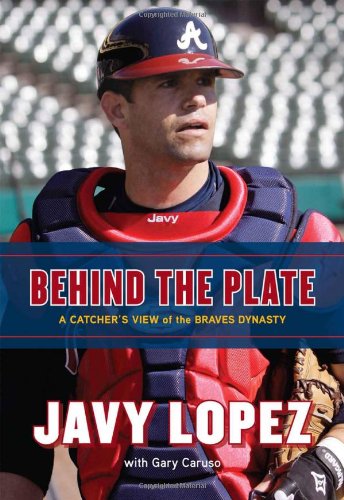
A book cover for Behind the Plate: A Catcher's View of the Braves Dynasty; Javy Lopez; Travel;